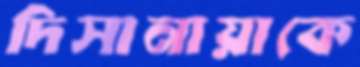
দিসানায়াকে